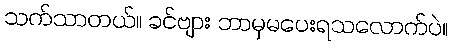
သက်သာတယ်။ ခင်ဗျား ဘာမှမပေးရသလောက်ပဲ။